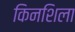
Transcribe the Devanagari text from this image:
किनशिला